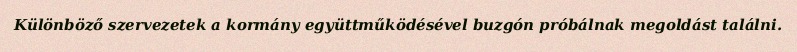
Különböző szervezetek a kormány együttműködésével buzgón próbálnak megoldást találni.